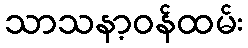
သာသနာ့ဝန်ထမ်း